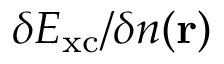
\delta E _ { \mathrm { x c } } / \delta n ( \mathbf { r } )